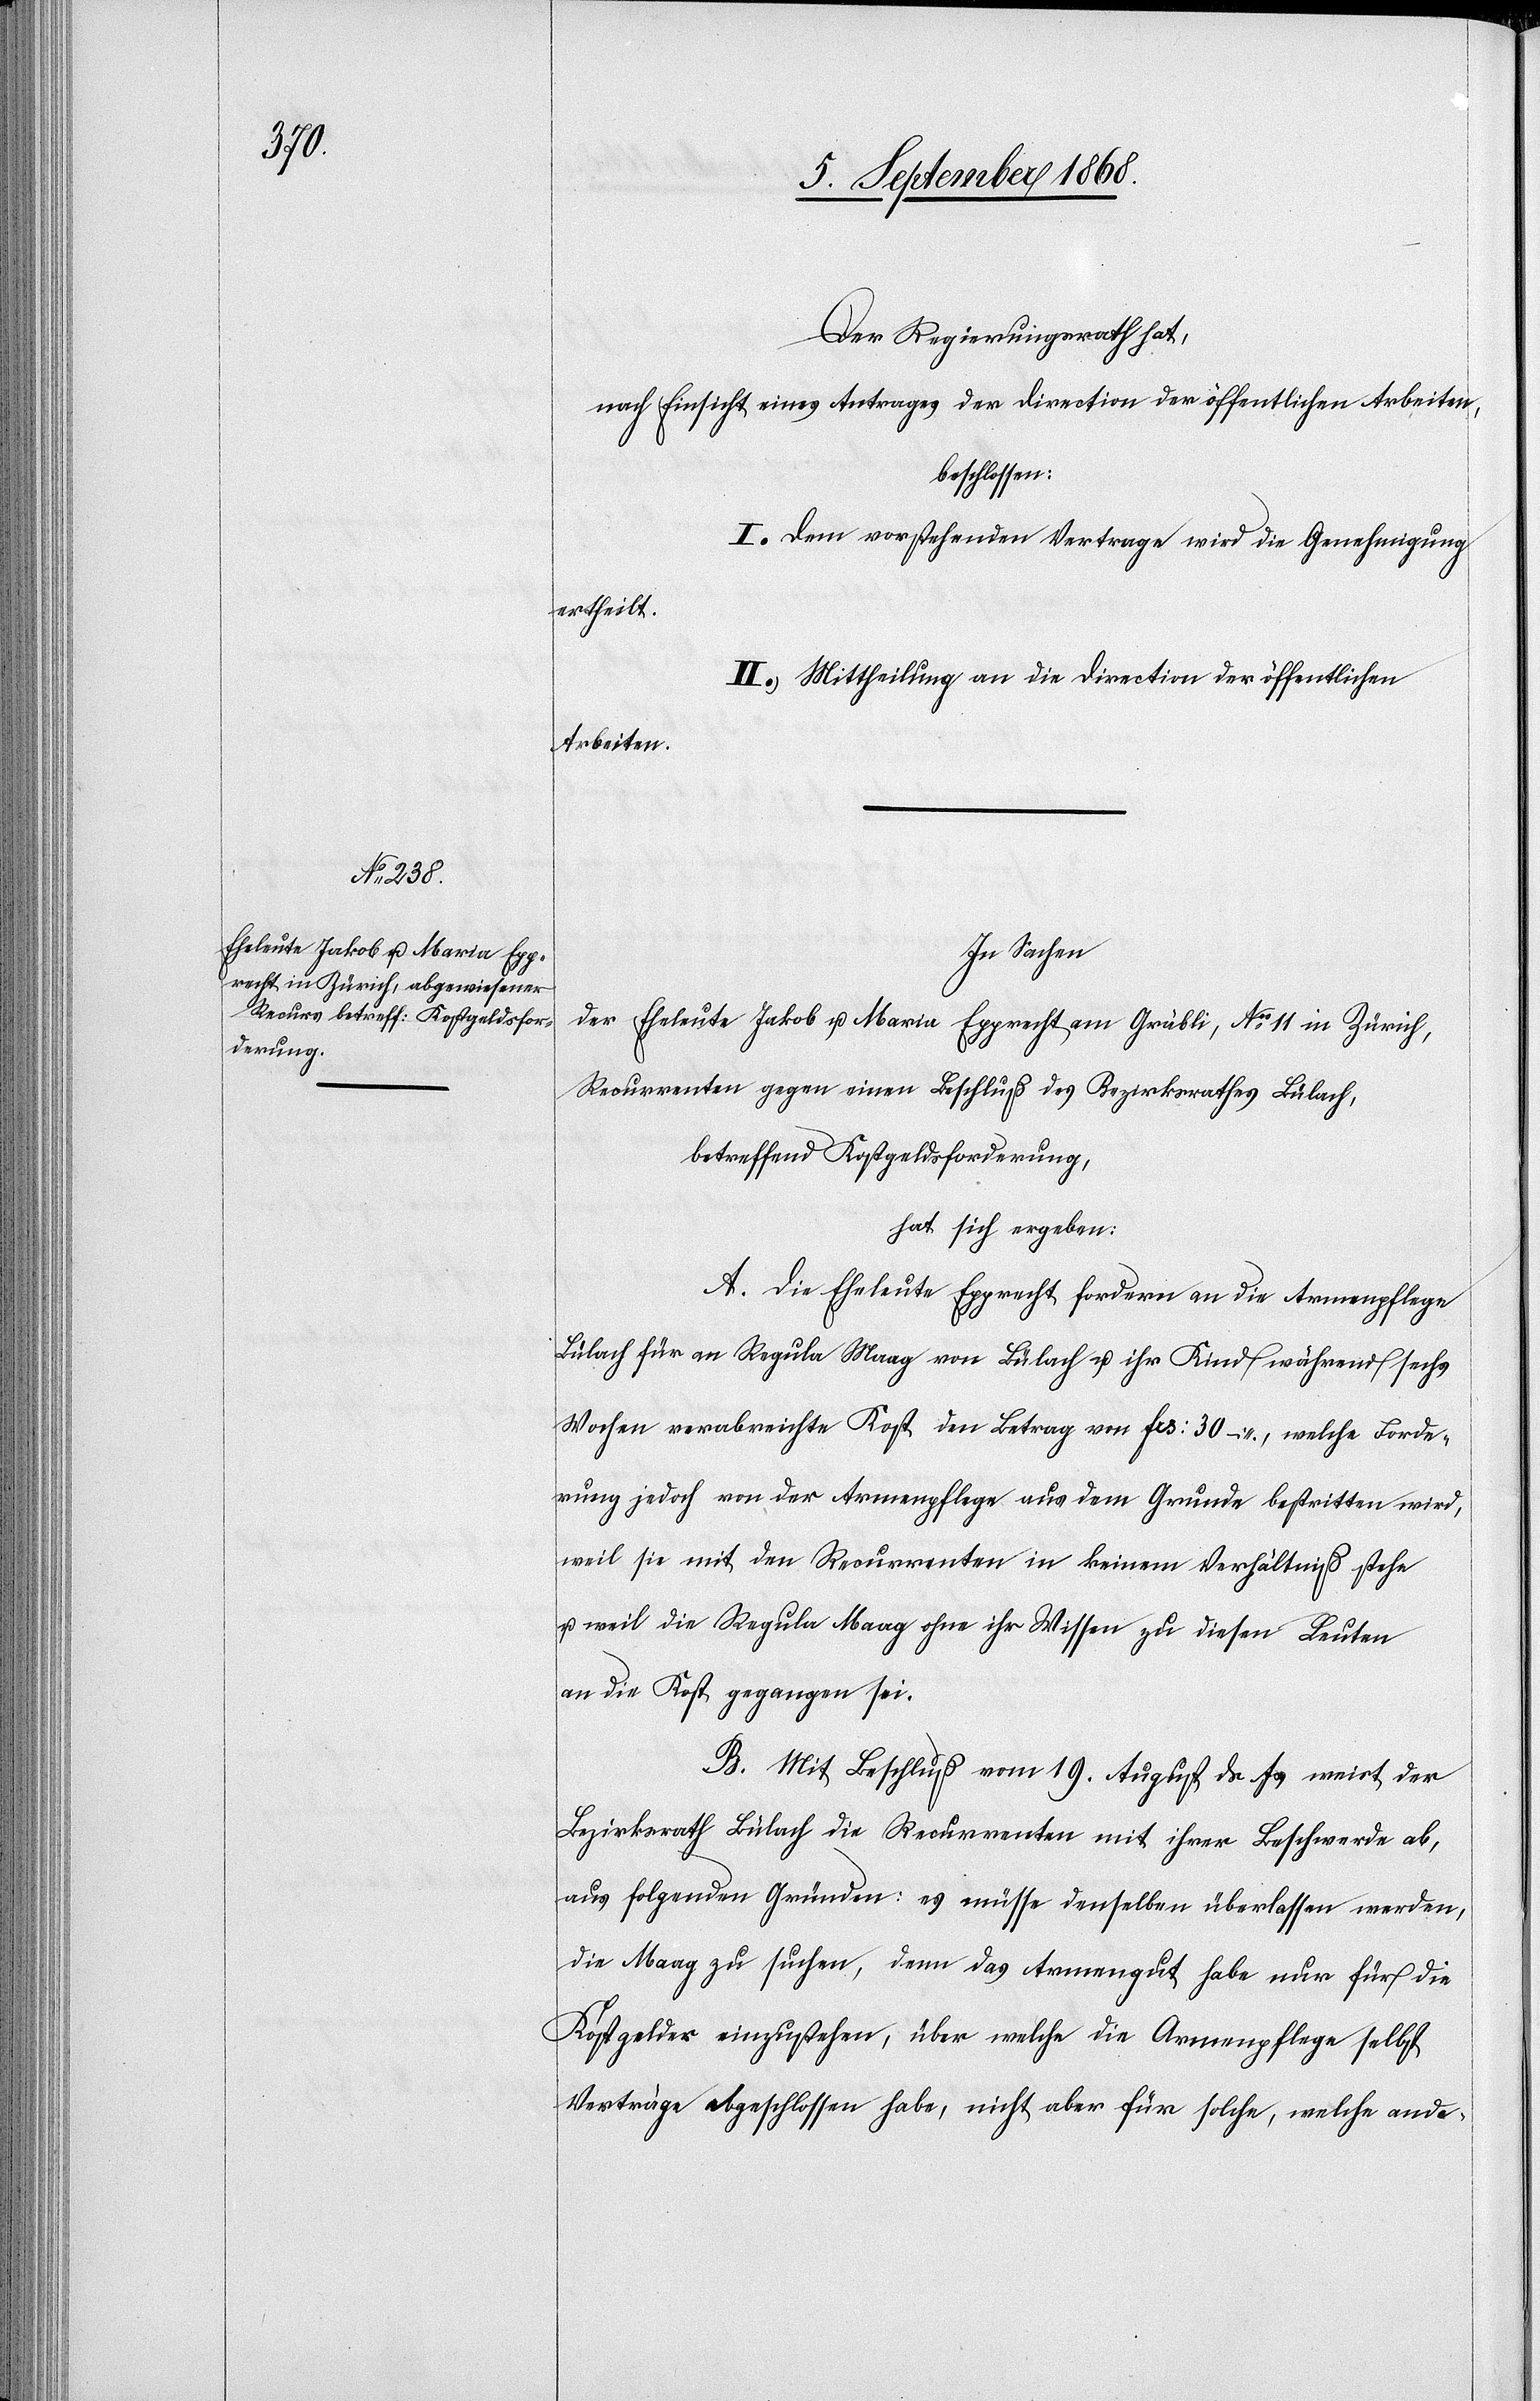
Der Regierungsrath hat,
nach Einsicht eines Antrages der Direction der öffentlichen Arbeiten,
beschlossen:
I. Dem vorstehenden Vertrage wird die Genehmigung
ertheilt.
II. Mittheilung an die Direction der öffentlichen
Arbeiten.
In Sachen
der
Eheleute Jakob u. Maria Epprecht am Gräbli, Nos 11 in Zürich,
Recurrenten gegen einen Beschluß des Bezirksrathes Bülach,
betreffend Kostgeldsforderung,
hat sich ergeben:
A. Die Eheleute Epprecht fordern an die Armenpflege
Bülach für an Regula Maag von Bülach u. ihr Kind während sechs
Wochen verabreichte Kost den Betrag von Frs: 30 –, welche Forde¬
rung jedoch von der Armenpflege aus dem Grunde bestritten wird,
weil sie mit den Recurrenten in keinem Verhältniß stehe
u. weil die Regula Maag ohne ihr Wissen zu diesen Leuten
an die Kost gegangen sei.
B. Mit Beschluß vom 19. August ds Js weist der
Bezirksrath Bülach die Recurrenten mit ihrer Beschwerde ab,
aus folgenden Gründen: es müsse denselben überlassen werden,
die Maag zu suchen, denn das Armengut habe nur für die
Kostgelder einzustehen, über welche die Armenpflege selbst
Verträge abgeschlossen habe, nicht aber für solche, welche ande-